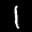
Label: 1